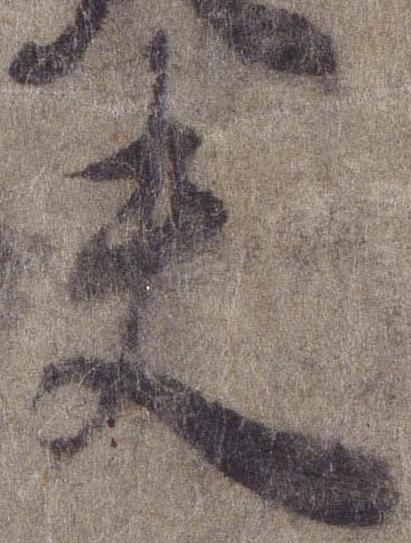
夫